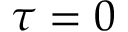
\tau = 0